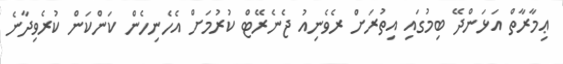
ޢިމާރާތް އަޅަންދޭ ބިމުގައި އިތުރަށް ރެވެނިއު ޖެނެރޭޓް ކުރުމަށް އެހެނިހެން ކަންކަން ކުރެވިދާނެ